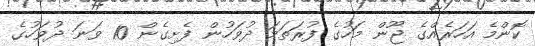
ކޮންމެ އަހަރެއްގެ ޖޫން މަހުގެ ފުރަތަމަ ދުވަހުން ފެށިގެން 10 ވަނަ ދުވަހުގެ